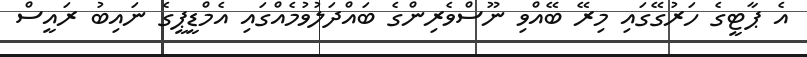
އެ ޕާޓީގެ ހަރުގޭގައި މިރޭ ބޭއްވި ނޫސްވެރިންގެ ބައްދަލުވުމެއްގައި އެމްޑީޕީގެ ނައިބު ރައީސް